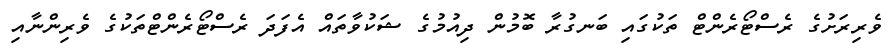
ވެރިރަށުގެ ރެސްޓޯރެންޓް ތަކުގައި ބަނގުރާ ބޮމުން ދިއުމުގެ ޝަކުވާތައް އެފަދަ ރެސްޓޯރެންޓްތަކުގެ ވެރިންނާއި